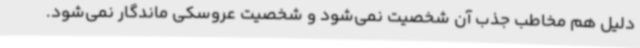
دلیل هم مخاطب جذب آن شخصیت نمی‌شود و شخصیت عروسکی ماندگار نمی‌شود.